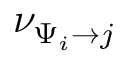
\nu _ { \Psi _ { i } \to j }